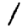
Digit: 1